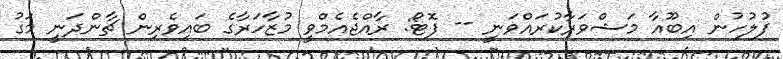
ފުލުހުން އިބޫއާ މަޝްވަރާކުރައްވަނީ -- ފޮޓޯ: ރާއްޖެއެމްވީ މުޒާހަރާގެ ބައިވެރިން ޗާންދަނީ މަގު